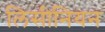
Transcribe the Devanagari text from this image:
लिसीनियन